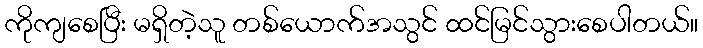
ကိုကျစေပြီး မရှိတဲ့သူ တစ်ယောက်အသွင် ထင်မြင်သွားစေပါတယ်။